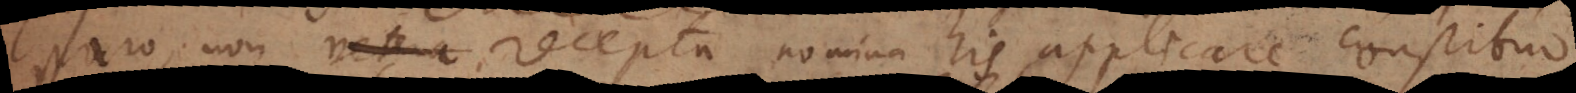
o, non vetera recepta nomina his applicare constituo.